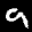
Label: 9